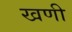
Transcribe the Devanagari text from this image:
खणी